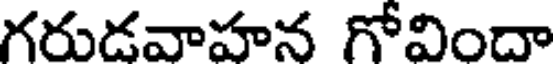
గరుడవాహన గోవిందా